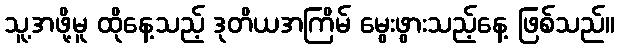
သူ့အဖို့မူ ထိုနေ့သည့် ဒုတိယအကြိမ် မွေးဖွားသည့်နေ့ ဖြစ်သည်။